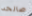
صالحه